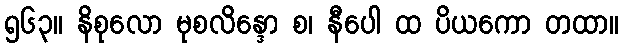
၅၆၃။ နိစုလော မုစလိန္ဒော စ၊ နီပေါ ထ ပိယကော တထာ။